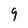
Character: 9